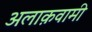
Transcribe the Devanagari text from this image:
अलाक़वामी